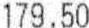
179.50